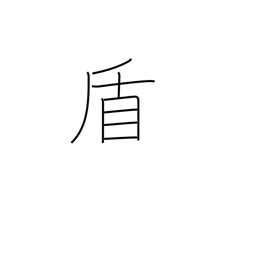
Meaning: pretext